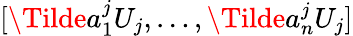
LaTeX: [\Tilde{a}_{1}^{j}U_{j},\dots,\Tilde{a}_{n}^{j}U_{j}]